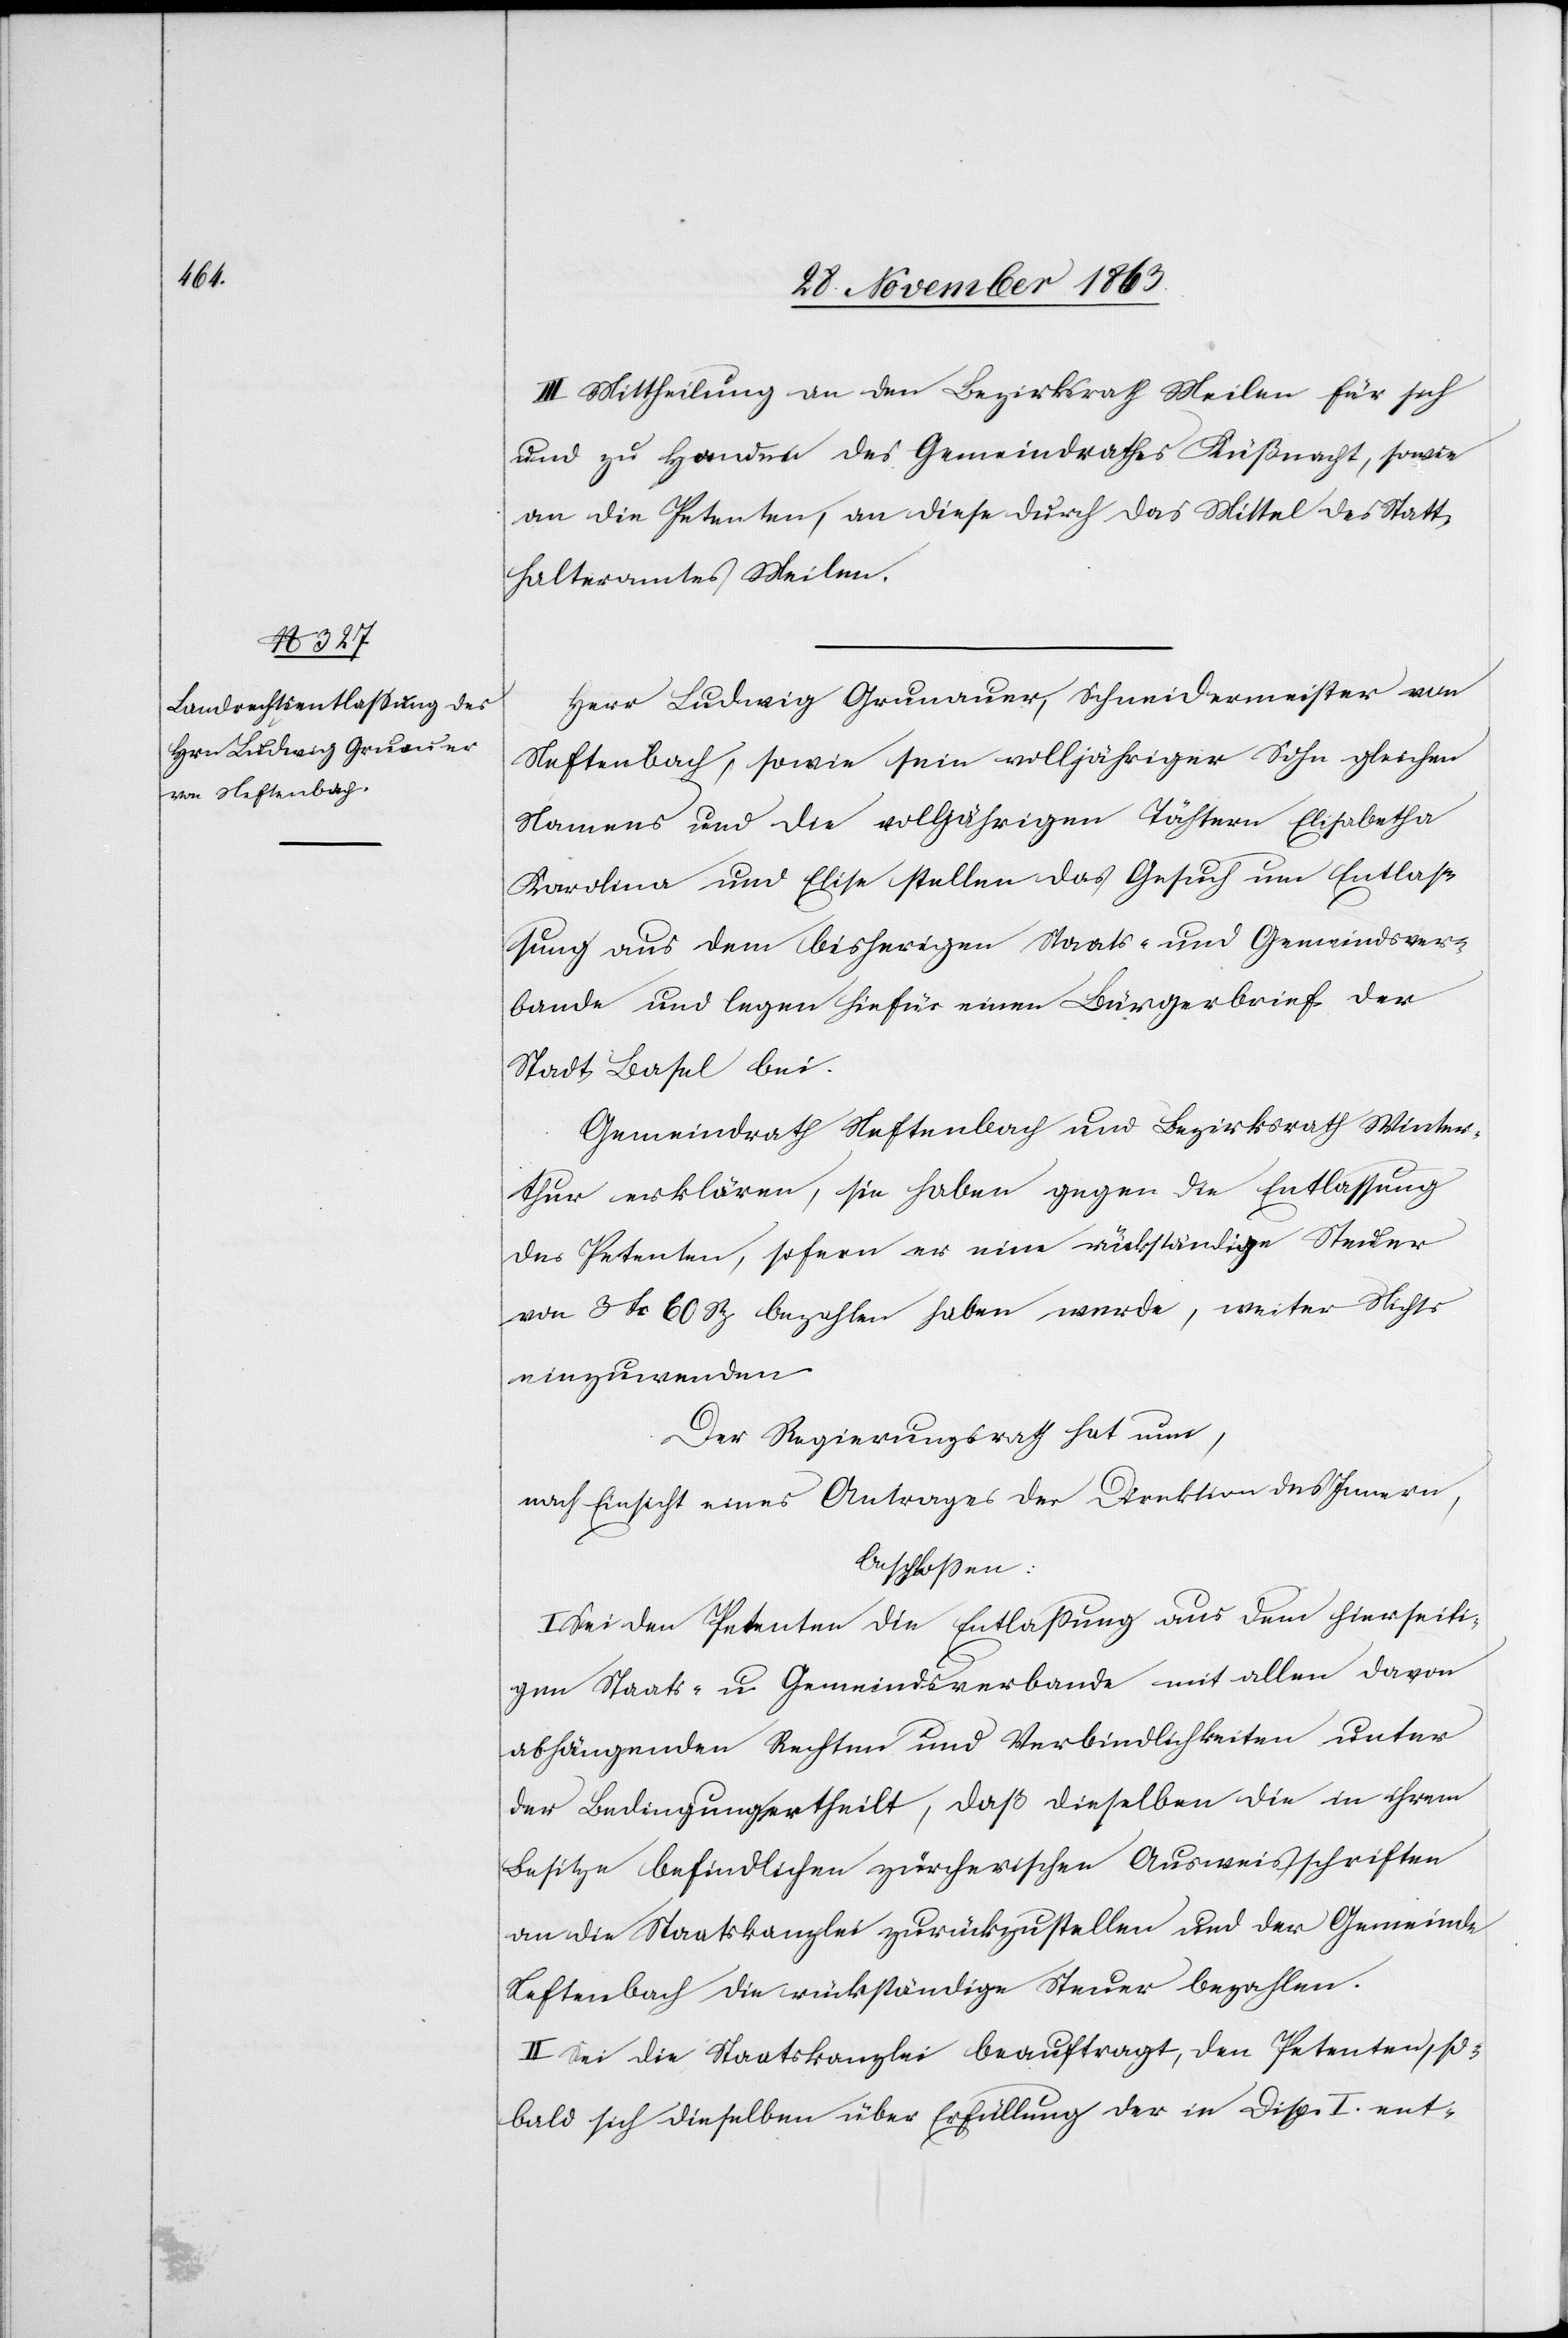
III. Mittheilung an den Bezirksrath Meilen für sich
und zu Handen des Gemeindrathes Küßnacht, sowie
an die Petenten, an diese durch das Mittel des Statt¬
halteramtes Meilen.
Herr Ludwig Grunauer, Schneidermeister von
Neftenbach, sowie sein volljähriger Sohn gleichen
Namens und die volljährigen Töchtern Elisabetha
Karolina und Elise stellen das Gesuch um Entlas¬
sung aus dem bisherigen Staats- und Gemeindsver¬
bande und legen hierfür einen Bürgerbrief der
Stadt Basel bei.
Gemeindrath Neftenbach und Bezirksrath Winter¬
thur erklären, sie haben gegen die Entlassung
des Petenten, sofern er eine rückständige Steuer
von 3 fr 60 Rp bezahlen [sic!] haben werde, weiter Nichts
einzuwenden.
Der Regierungsrath hat nun,
nach Einsicht eines Antrages der Direktion des Innern
beschlossen:
I. Sei den Petenten die Entlassung aus dem hierseiti¬
gen Staats- und Gemeindsverbande mit allen davon
abhängenden Rechten und Verbindlichkeiten unter
der Bedingung ertheilt, daß dieselben die in ihrem
Besitze befindlichen zürcherischen Ausweisschriften
an die Staatskanzlei zurückzustellen und der Gemeinde
Neftenbach die rückständige Steuer bezahlen.
II. Sei die Staatskanzlei beauftragt, den Petenten, so¬
bald sich dieselben über Erfüllung der in Disp. I ent-